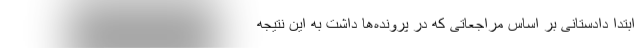
ابتدا دادستانی بر اساس مراجعاتی که در پرونده‌ها داشت به این نتیجه